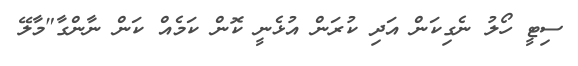
ސިޓީ ހޯލު ނެގިކަން އަދި ކުރަން އުޅެނީީ ކޮން ކަމެއް ކަން ނާންގާ"މާލޭ